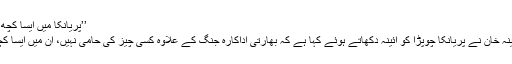
’’پریانکا میں ایسا کچھ نہیں‌ کہ مجھے حسد ہو‘‘ -
لندن : پاکستانی اداکارہ ارمینہ خان نے پریانکا چوپڑا کو آئینہ دکھاتے ہوئے کہا ہے کہ بھارتی اداکارہ جنگ کے علاوہ کسی چیز کی حامی نہیں، اُن میں ایسا کچھ نہیں کہ میں حسد کروں۔